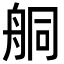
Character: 𦨴